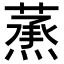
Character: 𦻛